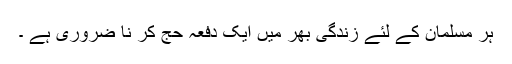
ہر مسلمان کے لئے زندگی بھر میں ایک دفعہ حج کر نا ضروری ہے ۔